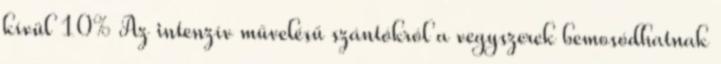
kívül 10% Az intenzív művelésű szántókról a vegyszerek bemosódhatnak